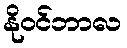
နိုဝင်ဘာလ